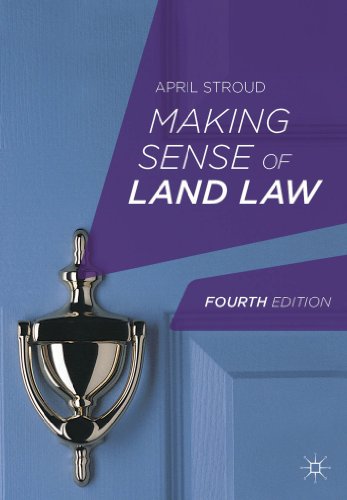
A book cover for Making Sense of Land Law; April Stroud; Law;